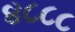
૪૮૮૮